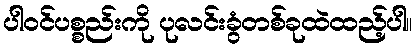
ပါဝင်ပစ္စည်းကို ပုလင်းခွံတစ်ခုထဲထည့်ပါ။